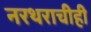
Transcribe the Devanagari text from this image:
नरथराचीही